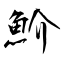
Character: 魪